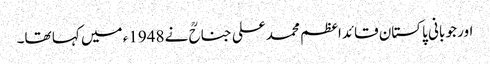
اور جو بانی پاکستان قائداعظم محمد علی جناحؒ نے 1948ء میں کہا تھا۔